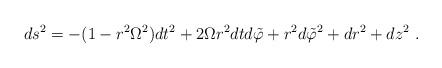
LaTeX: \begin{align*}ds^2=-(1-r^2\Omega^2)dt^2+2\Omega r^2dt d\tilde{\varphi}+ r^2d\tilde{\varphi}^2+dr^2+dz^2~.\end{align*}